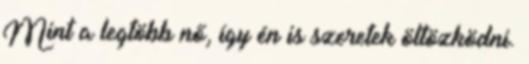
Mint a legtöbb nő, így én is szeretek öltözködni.